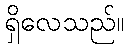
ရှိလေသည်။